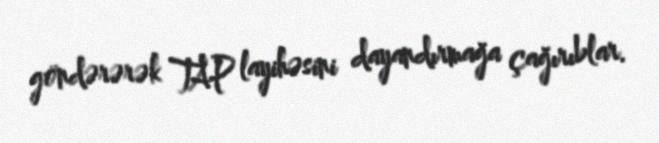
göndərərək TAP layihəsini dayandırmağa çağırıblar.